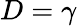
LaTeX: D=\gamma